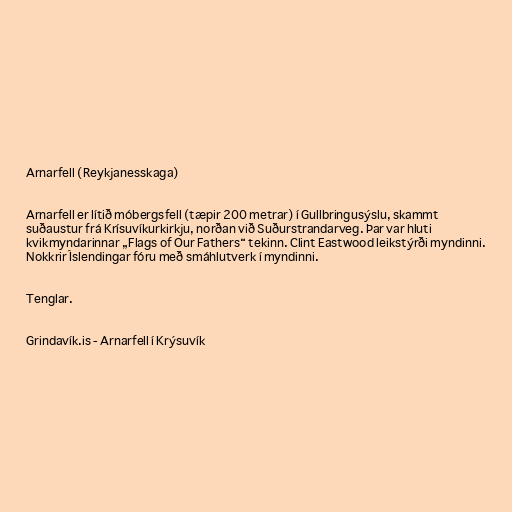
Arnarfell (Reykjanesskaga)

Arnarfell er lítið móbergsfell (tæpir 200 metrar) í Gullbringusýslu, skammt
suðaustur frá Krísuvíkurkirkju, norðan við Suðurstrandarveg. Þar var hluti
kvikmyndarinnar „Flags of Our Fathers“ tekinn. Clint Eastwood leikstýrði myndinni.
Nokkrir Íslendingar fóru með smáhlutverk í myndinni.

Tenglar.

Grindavík.is - Arnarfell í Krýsuvík